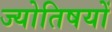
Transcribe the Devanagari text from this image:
ज्योतिषयों